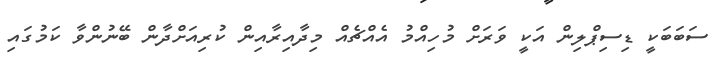
ސަބަބަކީ ޑިސިޕްލިން އަކީ ވަރަށް މުހިއްމު އެއްޗެއް މިދާއިރާއިން ކުރިއަށްދާން ބޭނުންވާ ކަމުގައި